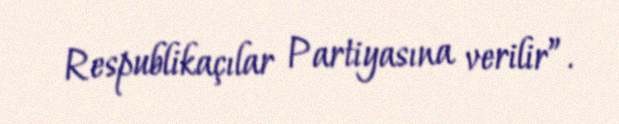
Respublikaçılar Partiyasına verilir”.